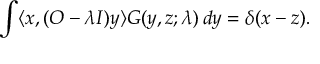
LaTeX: \int \langle x , ( O - \lambda I ) y \rangle G ( y , z ; \lambda ) \, d y = \delta ( x - z ) .